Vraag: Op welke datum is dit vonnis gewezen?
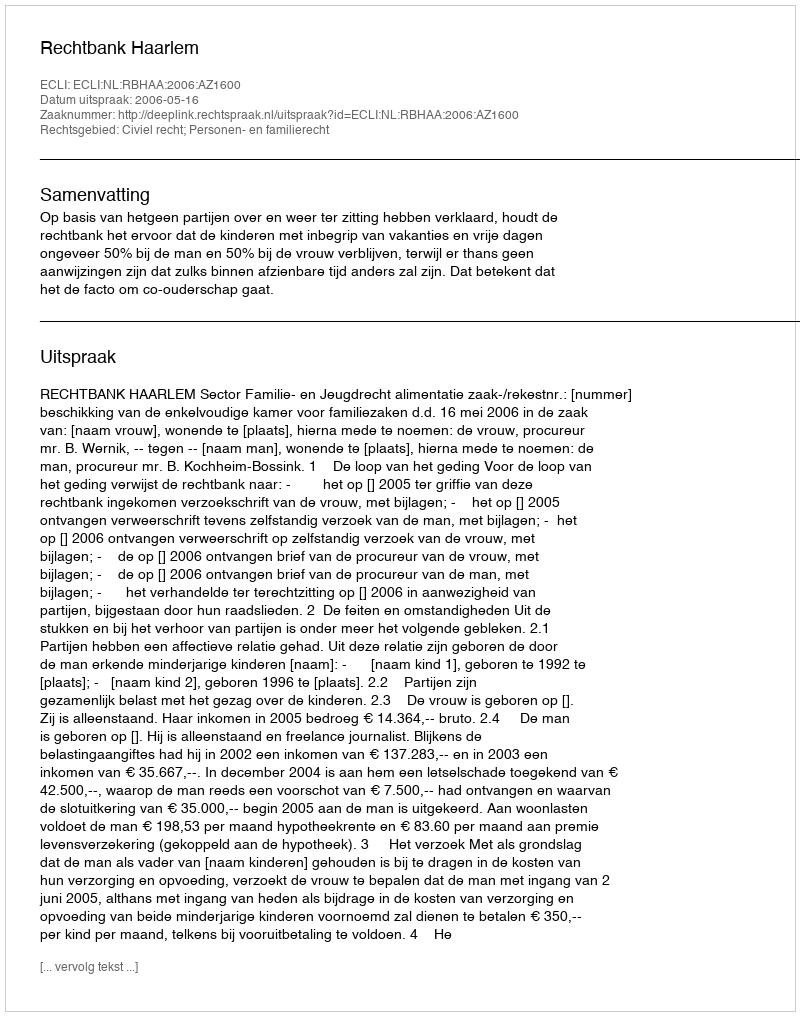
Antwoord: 2006-05-16